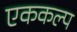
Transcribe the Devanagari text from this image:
एककल्प